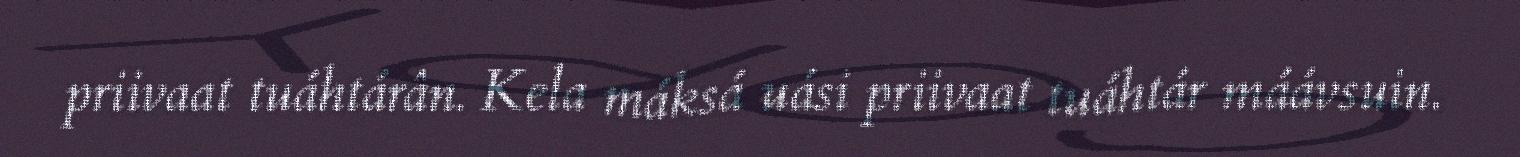
priivaat tuáhtárân. Kela máksá uási priivaat tuáhtár máávsuin.